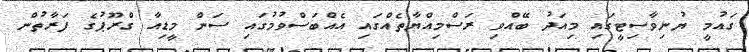
ގައުމީ ޔުނިވާސިޓީގައި މިއަދު ބޭއްވި ރަސްމިއްޔާތެއްގައި އެއްބަސްވުމުގައި ސަން މީޑިއާ ގްރޫޕުގެ ފަރާތުން